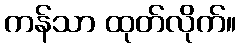
ကန်သာ ထုတ်လိုက်။